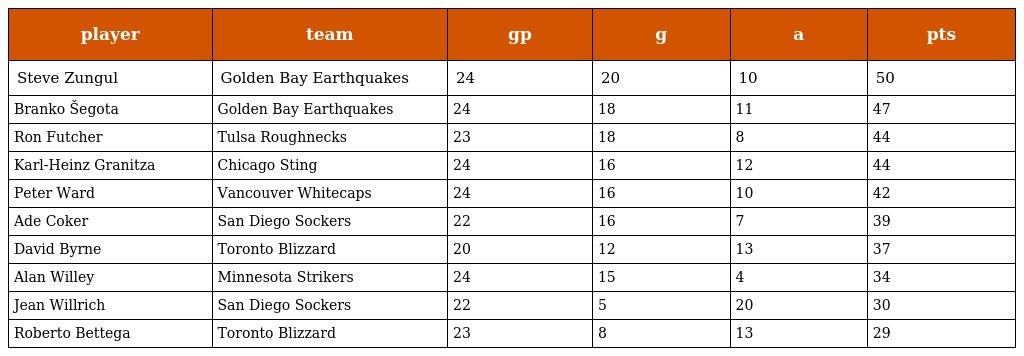
| player | team | gp | g | a | pts |
 | --- | --- | --- | --- | --- | --- |
 | Steve Zungul | Golden Bay Earthquakes | 24 | 20 | 10 | 50 |
 | Branko Šegota | Golden Bay Earthquakes | 24 | 18 | 11 | 47 |
 | Ron Futcher | Tulsa Roughnecks | 23 | 18 | 8 | 44 |
 | Karl-Heinz Granitza | Chicago Sting | 24 | 16 | 12 | 44 |
 | Peter Ward | Vancouver Whitecaps | 24 | 16 | 10 | 42 |
 | Ade Coker | San Diego Sockers | 22 | 16 | 7 | 39 |
 | David Byrne | Toronto Blizzard | 20 | 12 | 13 | 37 |
 | Alan Willey | Minnesota Strikers | 24 | 15 | 4 | 34 |
 | Jean Willrich | San Diego Sockers | 22 | 5 | 20 | 30 |
 | Roberto Bettega | Toronto Blizzard | 23 | 8 | 13 | 29 |